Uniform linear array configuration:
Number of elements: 16
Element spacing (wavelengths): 1
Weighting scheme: uniform
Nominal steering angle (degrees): -30
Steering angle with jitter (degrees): -29.736
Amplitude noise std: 0.05
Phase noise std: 0.05

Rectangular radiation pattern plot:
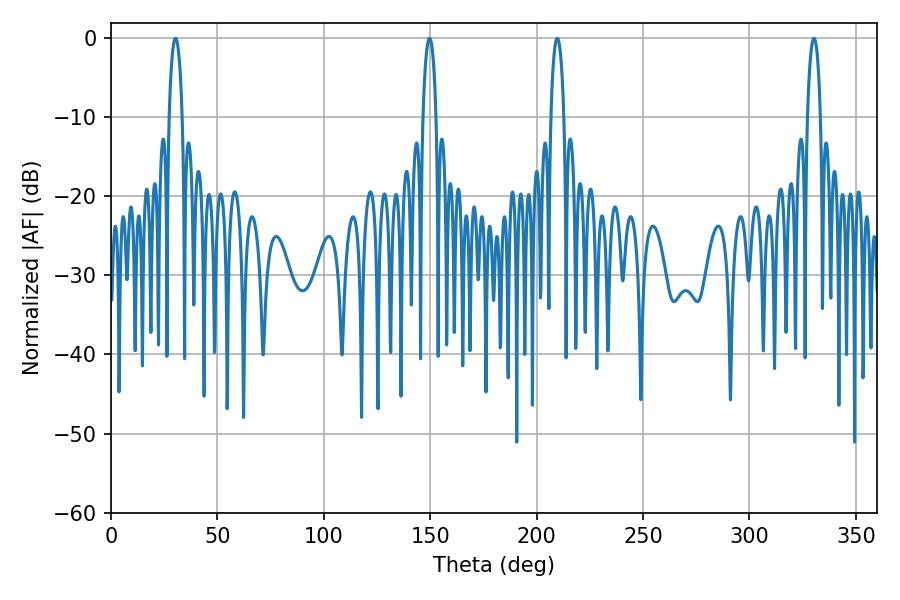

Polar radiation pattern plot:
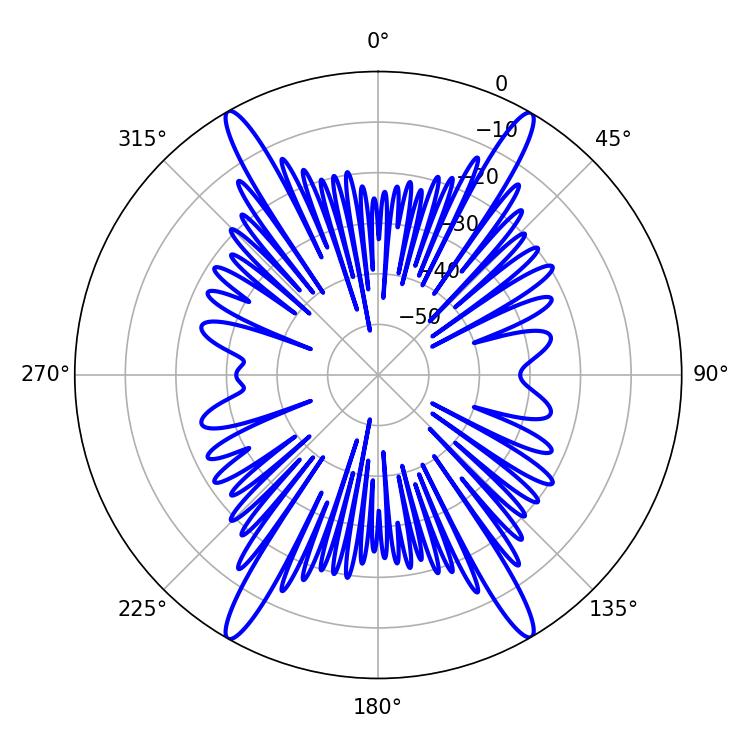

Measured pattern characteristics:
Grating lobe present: TRUE
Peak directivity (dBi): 29.079
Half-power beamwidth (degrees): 3.6
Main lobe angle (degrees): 209.7